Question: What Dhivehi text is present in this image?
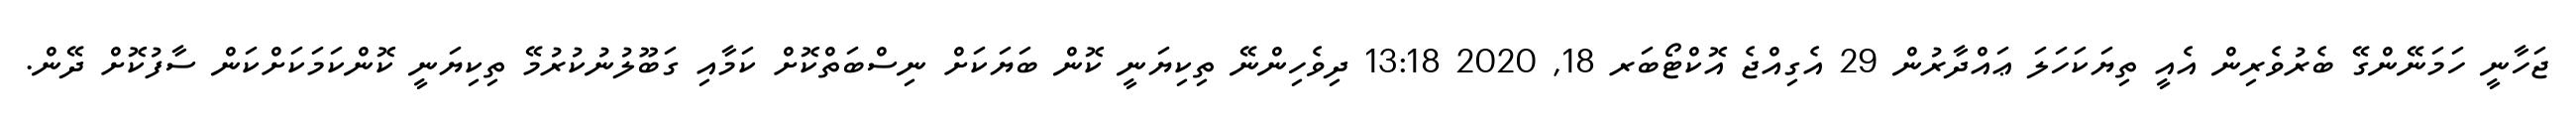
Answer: ޖަހާނީ ހަމަނޭންގޭ ބެރުވެރިން އެއީ ތިޔަކަހަލަ ޢައްދާރުން 29 އެގިއްޖެ އޮކްޓޯބަރ 18, 2020 13:18 ދިވެހިންނޭ ތިކިޔަނީ ކޮން ބަޔަކަށް ނިސްބަތްކޮށް ކަމާއި ގަބޫލުނުކުރުމޭ ތިކިޔަނީ ކޮންކަމަކަށްކަން ސާފުކޮށް ދޭން.